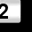
Digit: 2